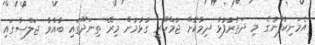
އެމަނިކުފާނުގެ މި ދަތުރުފުޅާ ދިމާކޮށް ޖުމްހޫރީ ގުޅުމުން މިރޭ ތިނަދޫގައި ބާއްވާ ޖަލްސާގައި